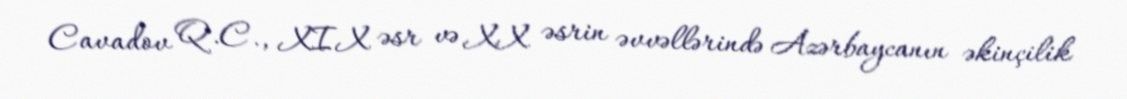
Cavadov Q.C., XIX əsr və XX əsrin əvvəllərində Azərbaycanın əkinçilik